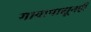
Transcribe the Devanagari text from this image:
गावापासूनही